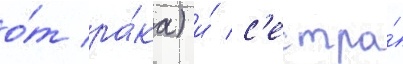
о́т ра́ка) и́ с'естра́